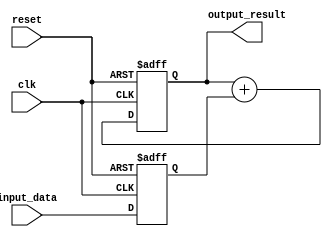
module parallel_accumulator
(
    input wire clk,
    input wire reset,
    input wire [7:0] input_data,
    output reg [15:0] output_result
);

reg [15:0] accumulator;
reg [7:0] temp_data;

always @(posedge clk or posedge reset)
begin
    if(reset)
    begin
        accumulator <= 16'd0;
        temp_data <= 8'd0;
    end
    else
    begin
        accumulator <= accumulator + temp_data;
        temp_data <= input_data;
    end
end

assign output_result = accumulator;

endmodule